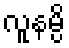
လူနမ္ပိ